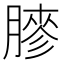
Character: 𦟬